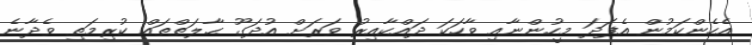
އެހެންކަމުން އެފަދަ މީހުންނާއި ވާހަކަ ދައްކާއިރު ވަރަށް އުދަގޫ ޙާލަތްތައް ކުރިމަތި ވެދާނެ